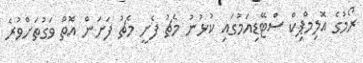
ރޯމުގެ އޮލިމްޕިކް ސްޓޭޑިއަމުގައި ކުޅުނު މެޗު ފެށީ މެޗު ފަށަން އޮތް ވަގުތަށްވުރެ